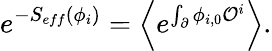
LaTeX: e^{-S_{eff}(\phi_{i})}=\Bigl\langle e^{\int_{\partial}\phi_{i,0}{\cal O}^{i}}\Bigr\rangle.